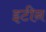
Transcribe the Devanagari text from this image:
इटीन